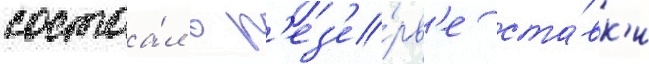
состоа́л в р'ез'е́рв'е ста́вк'и